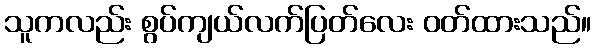
သူကလည်း စွပ်ကျယ်လက်ပြတ်လေး ဝတ်ထားသည်။